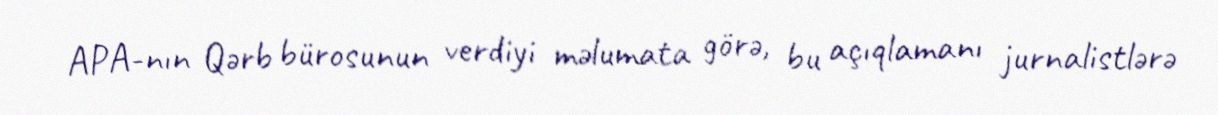
APA-nın Qərb bürosunun verdiyi məlumata görə, bu açıqlamanı jurnalistlərə